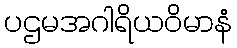
ပဌမအဂါရိယဝိမာနံ